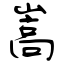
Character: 嵩